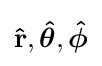
\mathbf {\hat {r}} ,{\boldsymbol {\hat {\theta }}},{\boldsymbol {\hat {\phi }}}